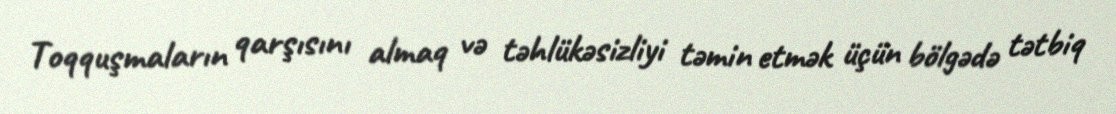
Toqquşmaların qarşısını almaq və təhlükəsizliyi təmin etmək üçün bölgədə tətbiq